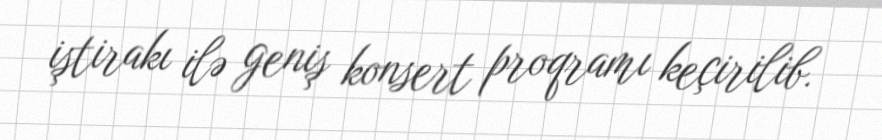
iştirakı ilə geniş konsert proqramı keçirilib.